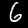
Digit: 6